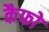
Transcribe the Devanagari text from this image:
कैफो